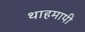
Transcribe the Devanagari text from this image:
थाहमापी